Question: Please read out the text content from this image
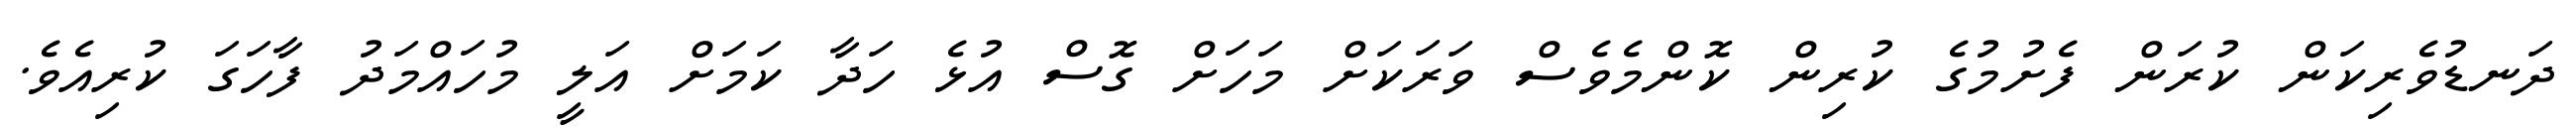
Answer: ދަނޑުވެރިކަން ކުރަން ފެށުމުގެ ކުރިން ކޮންމެވެސް ވަރަކަށް މަހަށް ގޮސް އުޅެ ހަދާ ކަމަށް އަލީ މުހައްމަދު ފާހަގަ ކުރިއެވެ.